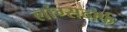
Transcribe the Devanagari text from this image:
लांग्सदोर्फ